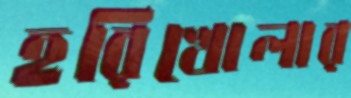
হরিখোলার